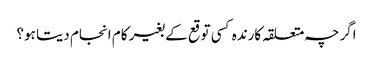
اگرچہ متعلقہ کارندہ کسی توقع کے بغیر کام انجام دیتا ہو؟